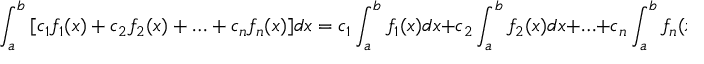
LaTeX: \int _ { a } ^ { b } { [ { { c } _ { 1 } } { { f } _ { 1 } } ( x ) + { { c } _ { 2 } } { { f } _ { 2 } } ( x ) + \ldots + { { c } _ { n } } { { f } _ { n } } ( x ) ] d x } = { { c } _ { 1 } } \int _ { a } ^ { b } { { { f } _ { 1 } } ( x ) d x } + { { c } _ { 2 } } \int _ { a } ^ { b } { { { f } _ { 2 } } ( x ) d x } + \ldots + { { c } _ { n } } \int _ { a } ^ { b } { { { f } _ { n } } ( x ) d x }